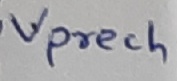
Text: Vprech